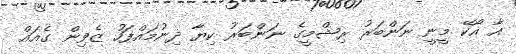
އާ އޯކޭ މީނީ ނަންބަރު ރިޝްމީގެ ނަންބަރު ކިޔާ ދިނުމައްފަހު ޒެވިން ގެއައް